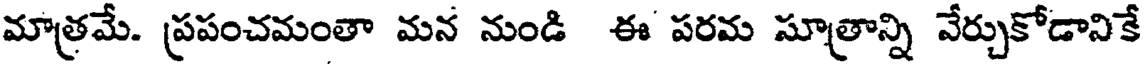
మాత్రమే. ప్రపంచమంతా మన నుండి ఈ పరమ సూత్రాన్ని వేర్చుకోడానికే